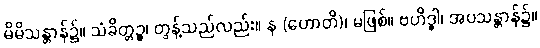
မိမိသန္တာန်၌။ သံခိတ္တဉ္စ၊ တွန့်သည်လည်း။ န (ဟောတိ)၊ မဖြစ်။ ဗဟိဒ္ဓါ၊ အပသန္တာန်၌။